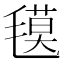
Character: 氁